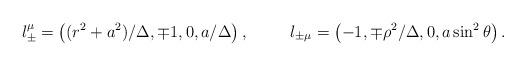
LaTeX: \begin{align*} l^{\mu}_{\pm} =\left( (r^2+a^2)/\Delta, \mp1, 0, a/\Delta\right),\;\;\;\; \;\;\;\;\; l_{\pm \mu} = \left( -1,\mp\rho^2/\Delta, 0, a\sin^2 \theta \right).\end{align*}